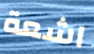
اشعة